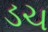
ડચ